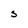
Character: S